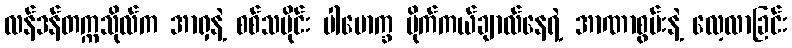
လန်ဒန်တက္ကသိုလ်က အာရှနဲ့ စစ်သမိုင်း ပါမောက္ခ မိုက်ကယ်ချာလ်နေရဲ့ အာဏာစွမ်းနဲ့ လေ့လာခြင်း